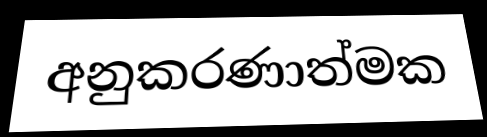
අනුකරණාත්මක